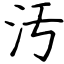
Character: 汚